Annual report of the Imperial Bacteriological Laboratory, Muktesar
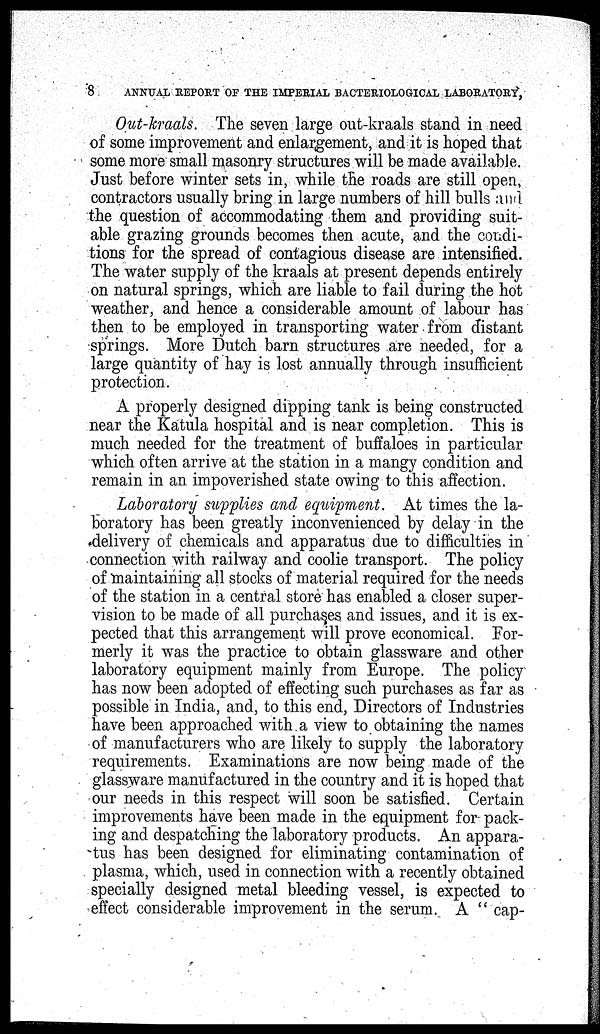
8
ANNUAL REPORT OF THE IMPERIAL BACTERIOLOGICAL LABORATORY,
Out-kraals. The seven large out-kraals stand in need
of some improvement and enlargement, and it is hoped that
some more small masonry structures will be made available.
Just before winter sets in, while the roads are still open,
contractors usually bring in large numbers of hill bulls and
the question of accommodating them and providing suit-
able grazing grounds becomes then acute, and the condi-
tions for the spread of contagious disease are intensified.
The water supply of the kraals at present depends entirely
on natural springs, which are liable to fail during the hot
weather, and hence a considerable amount of labour has
then to be employed in transporting water from distant
springs. More Dutch barn structures are needed, for a
large quantity of hay is lost annually through insufficient
protection.
A properly designed dipping tank is being constructed
near the Katula hospital and is near completion. This is
much needed for the treatment of buffaloes in particular
which often arrive at the station in a mangy condition and
remain in an impoverished state owing to this affection.
Laboratory supplies and equipment. At times the la-
boratory has been greatly inconvenienced by delay in the
delivery of chemicals and apparatus due to difficulties in
connection with railway and coolie transport. The policy
of maintaining all stocks of material required for the needs
of the station in a central store has enabled a closer super-
vision to be made of all purchases and issues, and it is ex-
pected that this arrangement will prove economical. For-
merly it was the practice to obtain glassware and other
laboratory equipment mainly from Europe. The policy
has now been adopted of effecting such purchases as far as
possible in India, and, to this end, Directors of Industries
have been approached with a view to obtaining the names
of manufacturers who are likely to supply the laboratory
requirements. Examinations are now being made of the
glassware manufactured in the country and it is hoped that
our needs in this respect will soon be satisfied. Certain
improvements have been made in the equipment for pack-
ing and despatching the laboratory products. An appara-
tus has been designed for eliminating contamination of
plasma, which, used in connection with a recently obtained
specially designed metal bleeding vessel, is expected to
effect considerable improvement in the serum. A " cap-